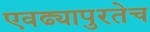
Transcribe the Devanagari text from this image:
एवढ्यापुरतेच